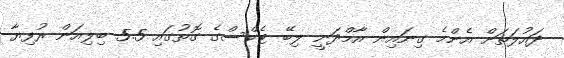
ދައުލަތަށް އެންމެ ގިނައިން އާމްދަނީ ލިބޭ ޓެކްސްގެ ގޮތުގައި 5.5 ބިލިއަން ރުފިޔާ